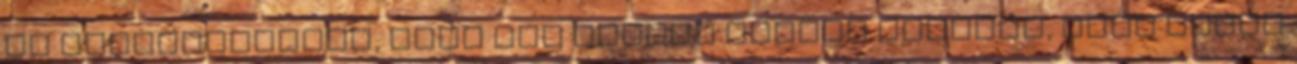
és előrevetítené, hogy Dex miként válhat emberré, mert ebben